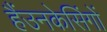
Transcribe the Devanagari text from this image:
हैंउनकेसिंगों